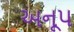
અનૂપ